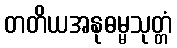
တတိယအနုဓမ္မသုတ္တံ